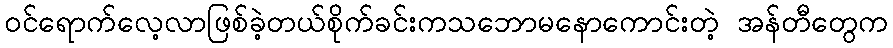
ဝင်ရောက်လေ့လာဖြစ်ခဲ့တယ်စိုက်ခင်းကသဘောမနောကောင်းတဲ့ အန်တီတွေက